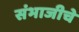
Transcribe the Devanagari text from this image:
संभाजीचे